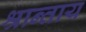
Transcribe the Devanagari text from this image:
श्रान्ताय